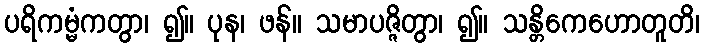
ပရိကမ္မံကတွာ၊ ၍။ ပုန၊ ဖန်။ သမာပဇ္ဇိတွာ၊ ၍။ သန္တိကေဟောတူတိ၊